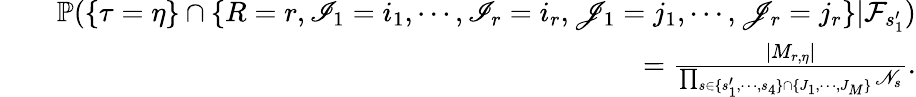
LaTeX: \begin{array}{rlr}&{}&{\mathbb{P}(\{ \tau=\eta\} \cap\{ R=r,\mathscr{I}_{1}=i_{1},\cdots,\mathscr{I}_{r}=i_{r},\mathscr{J}_{1}=j_{1},\cdots,\mathscr{J}_{r}=j_{r}\} |\mathcal{F}_{s_{1}^{\prime}})}\\ &{}&{=\frac{|M_{r,\eta}|}{\prod_{s\in\{ s_{1}^{\prime},\cdots,s_{4}\} \cap\{ J_{1},\cdots,J_{M}\} }\mathscr{N}_{s}}.}\end{array}